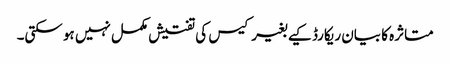
متاثرہ کا بیان ریکارڈ کیے بغیر کیس کی تفتیش مکمل نہیں ہو سکتی۔